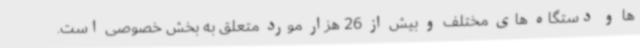
ها و دستگاه های مختلف و بیش از 26 هزار مورد متعلق به بخش خصوصی است.